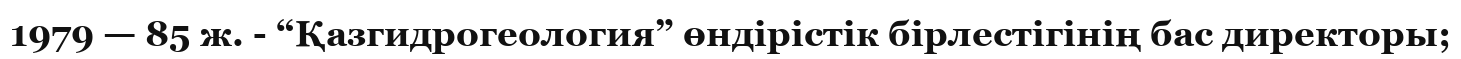
1979 — 85 ж. - “Қазгидрогеология” өндірістік бірлестігінің бас директоры;